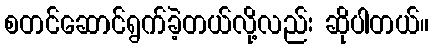
စတင်ဆောင်ရွက်ခဲ့တယ်လို့လည်း ဆိုပါတယ်။